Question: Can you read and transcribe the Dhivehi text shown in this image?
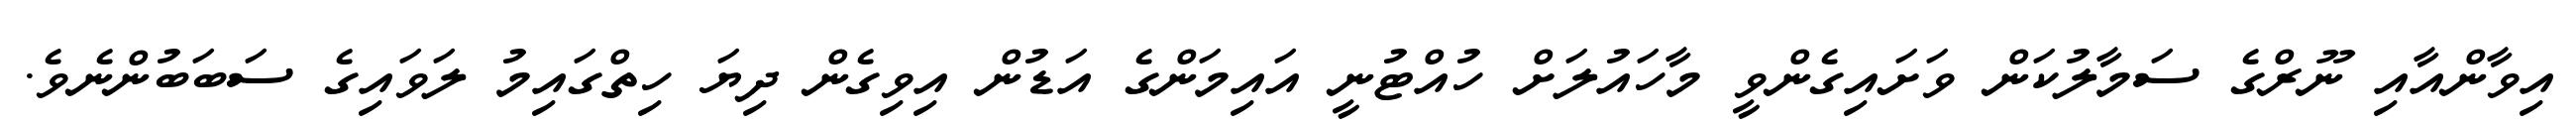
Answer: އިވާންއާއި ނޫރްގެ ސަމާލުކަން ވަށައިގެންވީ މާހައުލަށް ހުއްޓުނީ އައިމަންގެ އަޑުން އިވިގެން ދިޔަ ހިތްގައިމު ލަވައިގެ ސަބަބުންނެވެ.